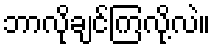
ဘာလိုချင်ကြလို့လဲ။